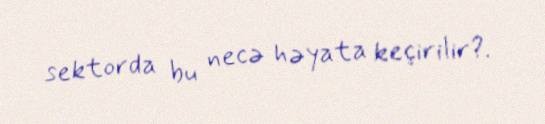
sektorda bu necə həyata keçirilir?.